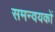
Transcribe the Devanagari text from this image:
समन्वयकों